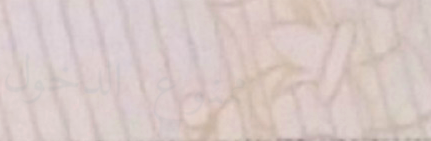
ممنوع الدخول